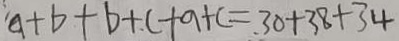
a + b + b + c + a + c = 3 0 + 3 8 + 3 4